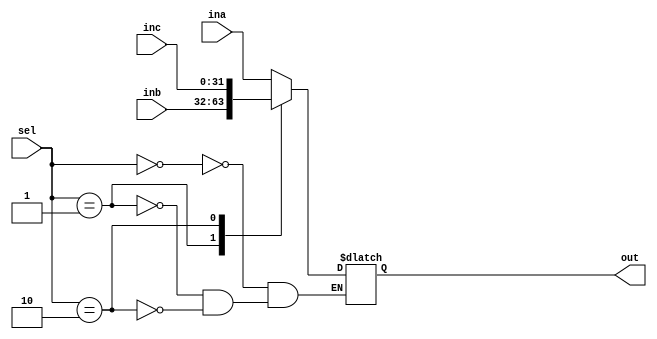
`timescale 1ns / 1ps
//////////////////////////////////////////////////////////////////////////////////
// Company: 
// Engineer: 
// 
// Design Name: 
// Module Name: mux4_1
// Project Name: 
// Target Devices: 
// Tool Versions: 
// Description: 
// 
// Dependencies: 
// 
// Revision:
// Revision 0.01 - File Created
// Additional Comments:
// 
//////////////////////////////////////////////////////////////////////////////////


module mux4_1(input[31:0] ina, input[31:0] inb, input[31:0] inc,
            input[1:0] sel,
            output reg [31:0] out

    );
    always@(ina, inb, inc, sel)
    begin
        case(sel)
            2'b00: out = ina;
            2'b01: out = inb;
            2'b10: out = inc;
        endcase
    end
endmodule